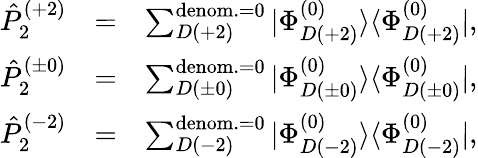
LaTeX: \begin{array}{rlr}{\hat{P}_{2}^{(+2)}}&{=}&{\sum_{D(+2)}^{{\mathrm{denom.}=0}}|\Phi_{D(+2)}^{(0)}\rangle\langle\Phi_{D(+2)}^{(0)}|,}\\ {\hat{P}_{2}^{(\pm 0)}}&{=}&{\sum_{D(\pm 0)}^{{\mathrm{denom.}=0}}|\Phi_{D(\pm 0)}^{(0)}\rangle\langle\Phi_{D(\pm 0)}^{(0)}|,}\\ {\hat{P}_{2}^{(-2)}}&{=}&{\sum_{D(-2)}^{{\mathrm{denom.}=0}}|\Phi_{D(-2)}^{(0)}\rangle\langle\Phi_{D(-2)}^{(0)}|,}\end{array}